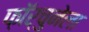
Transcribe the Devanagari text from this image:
फ़ॉर्चुनेला